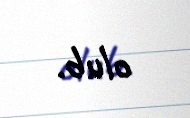
olub.